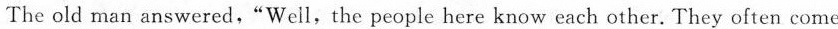
The old man answered,“Well,the people here know each other. They often come and visit